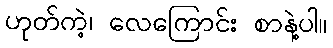
ဟုတ်ကဲ့၊ လေကြောင်း စာနဲ့ပါ။